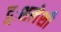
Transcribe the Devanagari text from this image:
दुःशलेशी